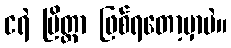
ငရဲ ပြိတ္တာ ဖြစ်ရတော့မှာပဲ။